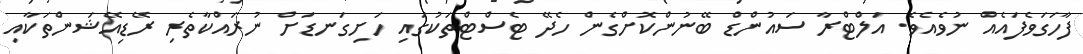
ފާހަގަވެފައެއް ނުވެއެވެ. އަލްޓްރާ ސައުންޑް ބޭނުންކޮށްގެން ހެދޭ ޓެސްޓްތަކުގައި ހަށިގަނޑަށް ނުރައްކާތެރި ރޭޑިއޭޝަންތަކާއި